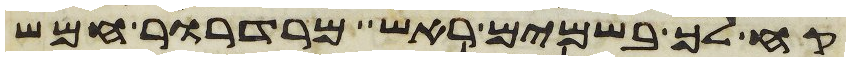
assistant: קח לך בשמים ראש מרדרור חמש